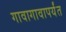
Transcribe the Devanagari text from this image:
गावागावापर्यंत